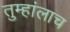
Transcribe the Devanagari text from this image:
तुम्हांलाच